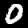
Digit: 0